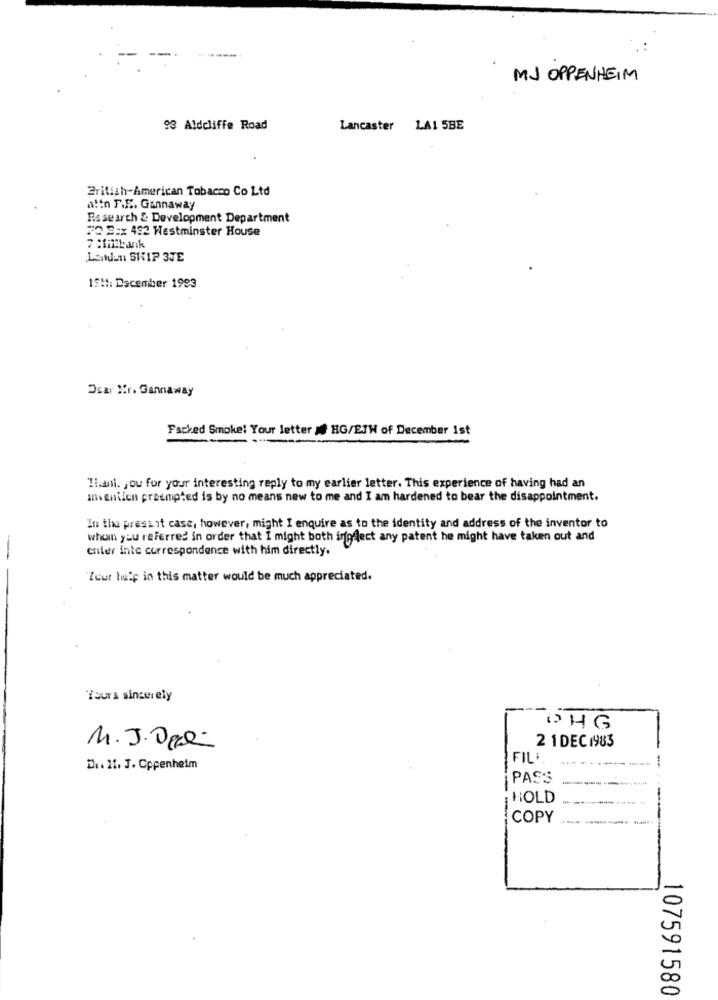
MJ OPPENHEIM
93 Aldcliffe Road
Lancaster LA1 5BE
British American Tobacco Co Ltd
attn F.E. Gannaway
Research & Development Department
72 8:x 432 Westminster House
7 :fitbank
Landen SKIP 3JE
1511: December 1993
Dear Mr. Gannaway
Packed Smoke: Your letter &# HG/ETH of December 1st
Iliani. you for your interesting reply to my earlier letter. This experience of having had an
invention prompted is by no means new to me and I am hardened to bear the disappointment.
In the pressit case, however, might I enquire as to the identity and address of the inventor to
whom you referred in order that I might both ingfect any patent he might have taken out and
enter inte correspondence with him directly.
Zout hulp in this matter would be much appreciated.
Yours sincerely
OHG
M.J.Opali
2 1DEC 1983
FIL :
D .. 11. J. Cppenheim
PASS
HOLD
-
-
COPY
107591580